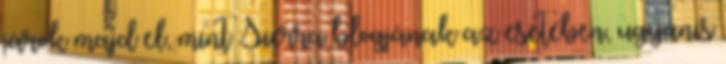
járok majd el, mint Sierra blogjának az esetében, ugyanis